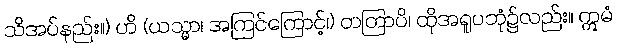
သိအပ်နည်း။) ဟိ (ယသ္မာ၊ အကြင်ကြောင့်၊) တတြာပိ၊ ထိုအရူပဘုံ၌လည်း။ ဣမံ